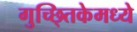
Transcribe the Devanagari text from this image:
गुच्छ्तिकेमध्ये